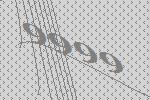
9999